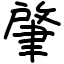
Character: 肇